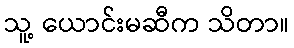
သူ့ ယောင်းမဆီက သိတာ။